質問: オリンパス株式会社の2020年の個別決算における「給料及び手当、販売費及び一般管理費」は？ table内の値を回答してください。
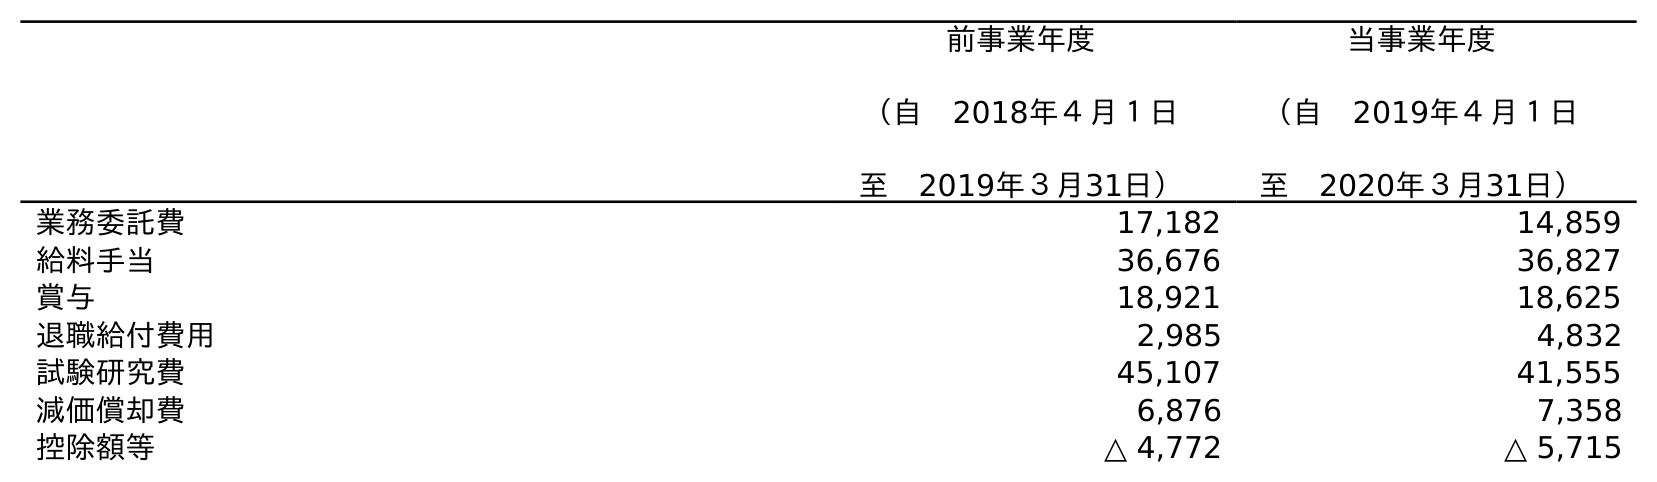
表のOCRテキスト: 前事業年度 （自 2018年４月１日 至 2019年３月31日） 当事業年度 （自 2019年４月１日 至 2020年３月31日） 業務委託費 17,182 14,859 給料手当 36,676 36,827 賞与 18,921 18,625 退職給付費用 2,985 4,832 試験研究費 45,107 41,555 減価償却費 6,876 7,358 控除額等 △ 4,772 △ 5,715
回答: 36,827